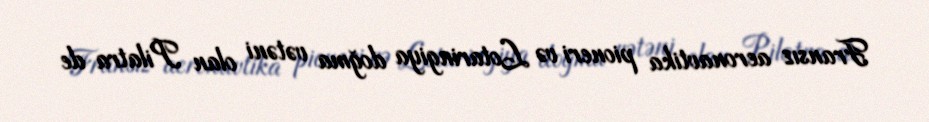
Fransız aeronavtika pioneri və Lotaringiya doğma vətəni olan Pilatra de